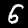
Label: 6